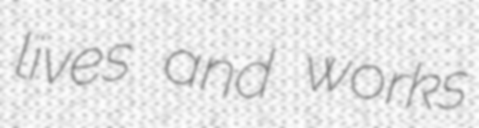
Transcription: lives and works